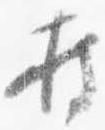
持